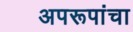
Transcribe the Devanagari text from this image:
अपरूपांचा